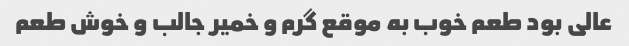
عالی بود طعم خوب به موقع گرم و خمیر جالب و خوش طعم